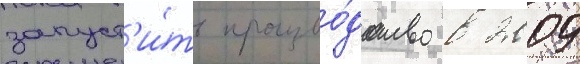
запуст'и́ть произво́дство в 2009